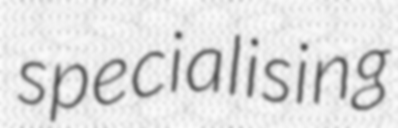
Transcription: specialising